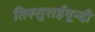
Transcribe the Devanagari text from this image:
तिरूतुराईपून्दी